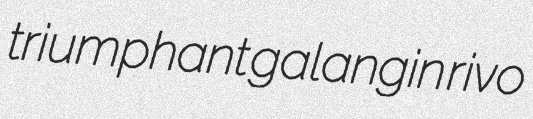
triumphant galangin rivo